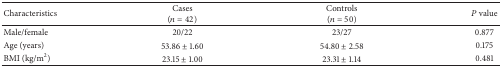
<table><thead><tr><td><b>Characteristics</b></td><td><b>Cases(<i>n</i> = 42)</b></td><td><b>Controls(<i>n</i> = 50)</b></td><td><b><i>P</i> value</b></td></tr></thead><tbody><tr><td>Male/female</td><td>20/22</td><td>23/27</td><td>0.877</td></tr><tr><td>Age (years)</td><td>53.86 ± 1.60</td><td>54.80 ± 2.58</td><td>0.175</td></tr><tr><td>BMI (kg/m<sup>2</sup>)</td><td>23.15 ± 1.00</td><td>23.31 ± 1.14</td><td>0.481</td></tr></tbody></table>